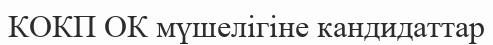
КОКП ОК мүшелігіне кандидаттар